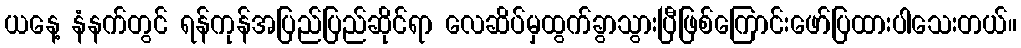
ယနေ့ နံနက်တွင် ရန်ကုန်အပြည်ပြည်ဆိုင်ရာ လေဆိပ်မှထွက်ခွာသွားပြီဖြစ်ကြောင်းဖော်ပြထားပါသေးတယ်။